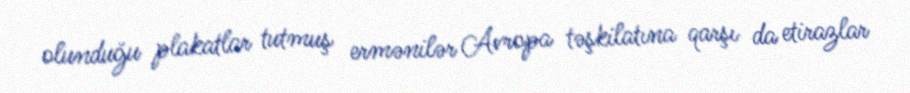
olunduğu plakatlar tutmuş ermənilər Avropa təşkilatına qarşı da etirazlar